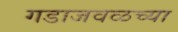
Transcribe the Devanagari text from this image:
गडाजवळच्या